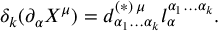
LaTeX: \delta _ { k } ( \partial _ { \alpha } X ^ { \mu } ) = d _ { \alpha _ { 1 } \ldots \alpha _ { k } } ^ { ( \ast ) \, \mu } l _ { \alpha } ^ { \alpha _ { 1 } \ldots \alpha _ { k } } .